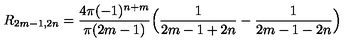
R _ { 2 m - 1 , 2 n } = \frac { 4 \pi ( - 1 ) ^ { n + m } } { \pi ( 2 m - 1 ) } \Big ( \frac { 1 } { 2 m - 1 + 2 n } - \frac { 1 } { 2 m - 1 - 2 n } \Big )